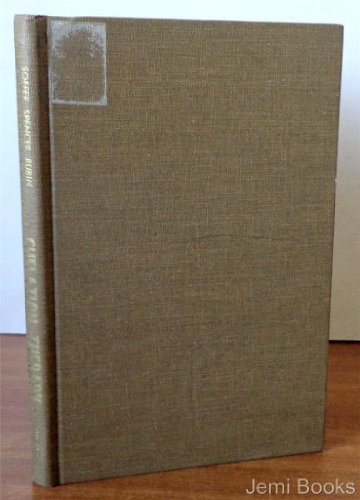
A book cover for Chelation Therapy; Alfred Soffer; Health, Fitness & Dieting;